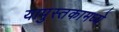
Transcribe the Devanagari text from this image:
यापुस्तकामध्ये